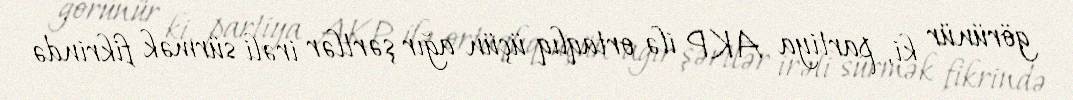
görünür ki, partiya AKP ilə ortaqlıq üçün ağır şərtlər irəli sürmək fikrində